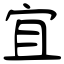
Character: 宜